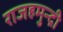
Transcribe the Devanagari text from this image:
राजहमुन्द्री